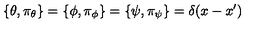
\{ \theta , \pi _ { \theta } \} = \{ \phi , \pi _ { \phi } \} = \{ \psi , \pi _ { \psi } \} = \delta ( x - x ^ { \prime } )